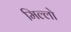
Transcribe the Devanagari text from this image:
मिल्लो